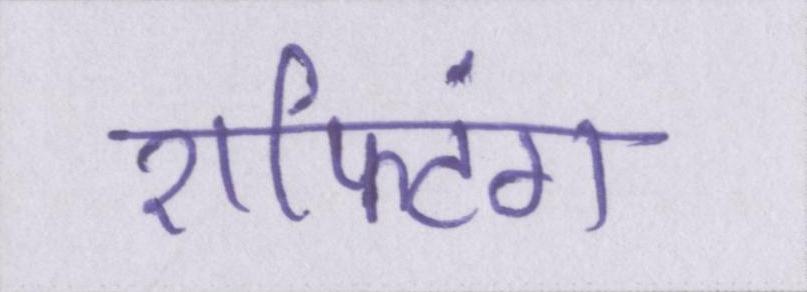
राफ्टिंग